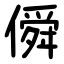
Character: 僢